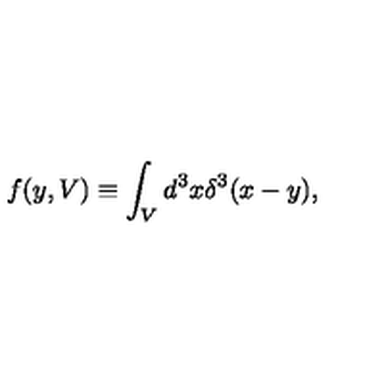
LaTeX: f ( y , V ) \equiv \int _ { V } d ^ { 3 } x \delta ^ { 3 } ( x - y ) ,